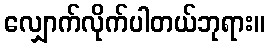
လျှောက်လိုက်ပါတယ်ဘုရား။